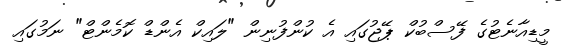
މީޑިއާނެޓުގެ ފޭސްބުކް ޕޭޖުގައި އެ ކުންފުނިން "ލައިކް އެންޑް ކޮމެންޓް" ނަމުގައި